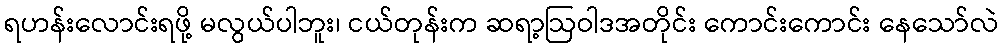
ရဟန်းလောင်းရဖို့ မလွယ်ပါဘူး၊ ငယ်တုန်းက ဆရာ့ဩဝါဒအတိုင်း ကောင်းကောင်း နေသော်လဲ